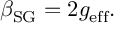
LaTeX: \beta _ { \mathrm { S G } } = 2 g _ { \mathrm { e f f } } .